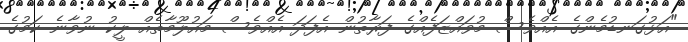
"އަޅުގަނޑުމެންގެ އެއްވެސް މުވައްޒަފެއްގެ ފަރާތުން އެފަދަ އެއްވެސް މައުލޫމާތެއް ލީކު ނުވާނެ ކަމުގެ